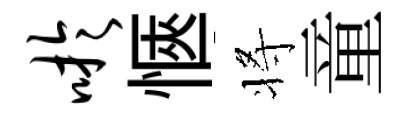
吁愜将童